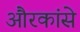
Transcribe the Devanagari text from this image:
औरकांसे